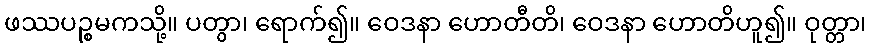
ဖဿပဉ္စမကသို့။ ပတွာ၊ ရောက်၍။ ဝေဒနာ ဟောတီတိ၊ ဝေဒနာ ဟောတိဟူ၍။ ဝုတ္တာ၊